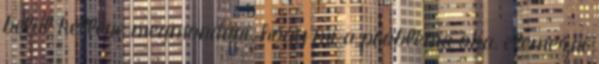
belül kellene megmondani, hogy mi a probléma oka, elemezni